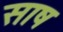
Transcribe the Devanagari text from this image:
साष